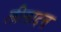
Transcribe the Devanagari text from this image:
लीलादत्त